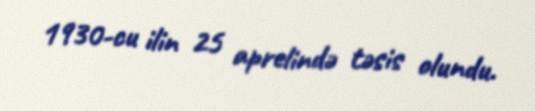
1930-cu ilin 25 aprelində təsis olundu.